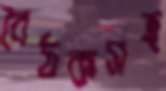
বৈঠকসহ